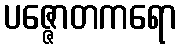
ပဇ္ဇောတကရော